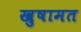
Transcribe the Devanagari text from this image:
खुषामत